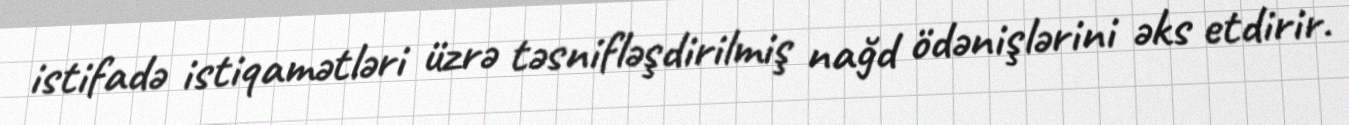
istifadə istiqamətləri üzrə təsnifləşdirilmiş nağd ödənişlərini əks etdirir.